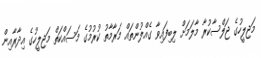
މަޖިލީހުގެ ޖަލްސާކުރާ މާލަމަށް ލިބިފައިވާ ގެއްލުންތައް މަރާމާތު ކުރުމުގެ މަސައްކަތް މަޖިލީހުގެ އިދާރާއިން